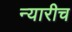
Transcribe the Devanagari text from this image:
न्यारीच